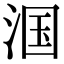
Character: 𬇹